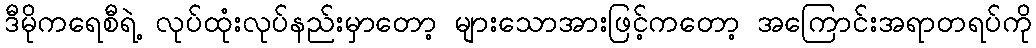
ဒီမိုကရေစီရဲ့ လုပ်ထုံးလုပ်နည်းမှာတော့ များသောအားဖြင့်ကတော့ အကြောင်းအရာတရပ်ကို